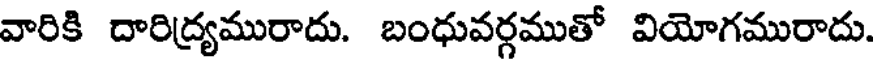
వారికి దారిద్యమురాదు. బంధువర్గముతో వియోగమురాదు.